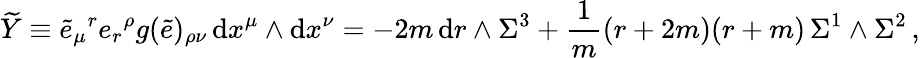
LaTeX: \widetilde Y\equiv\tilde{e}_{\mu}{}^{r}e_{r}{}^{\rho}g(\tilde{e})_{\rho\nu}\, \mathrm{d}x^{\mu}\wedge\mathrm{d}x^{\nu}=-2m\, \mathrm{d}r\wedge\Sigma^{3}+\frac{1}{m}(r+2m)(r+m)\, \Sigma^{1}\wedge\Sigma^{2}\, ,